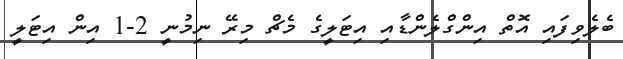
ބެލެވިފައި އޮތް އިންގްލެންޑާއި އިޓަލީގެ މެޗް މިރޭ ނިމުނީ 2-1 އިން އިޓަލީ